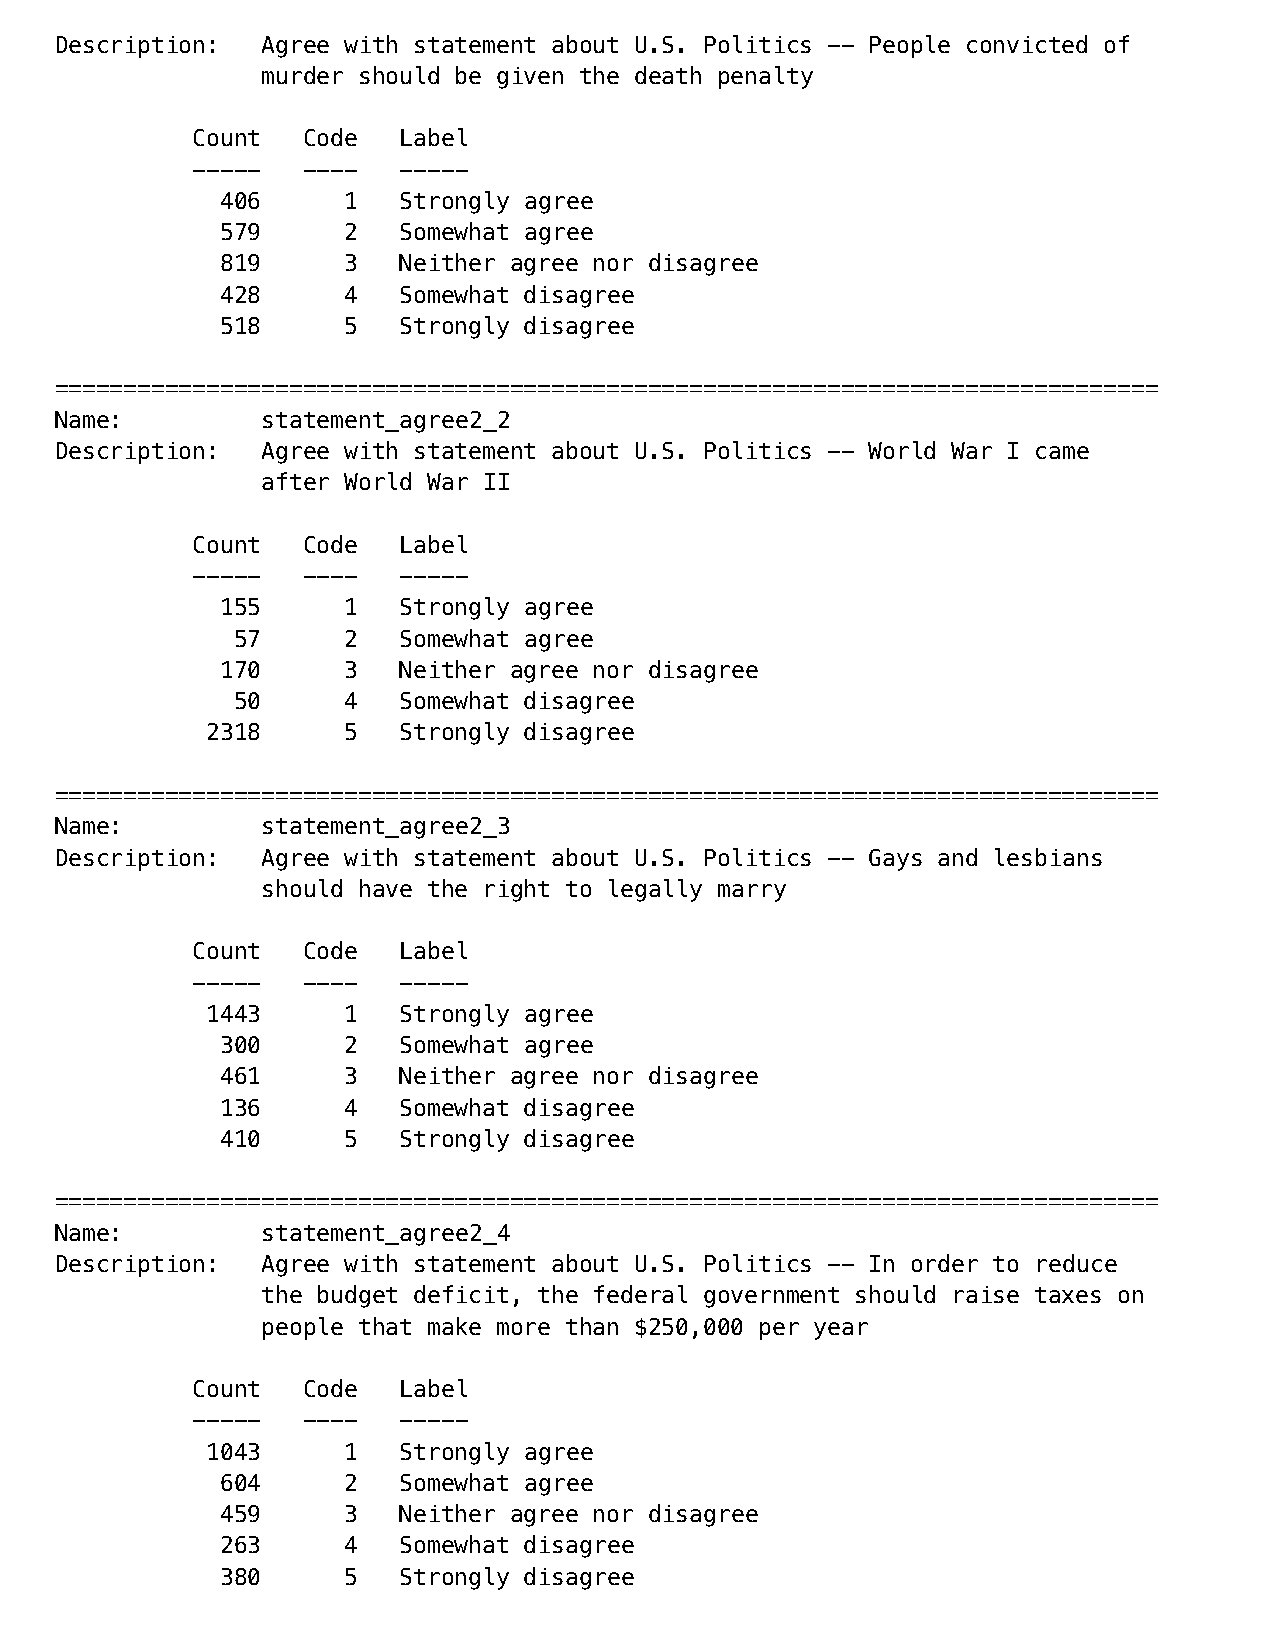
Description: Agree with statement about U.S. Politics -- People convicted of
 murder should be given the death penalty
 Count  Code  Label
 -----  ----  -----
 406     1  Strongly agree
 579     2  Somewhat agree
 819     3  Neither agree nor disagree
 428     4  Somewhat disagree
 518     5  Strongly disagree
 ================================================================================
 Name:        statement_agree2_2
 Description: Agree with statement about U.S. Politics -- World War I came
 after World War II
 Count  Code  Label
 -----  ----  -----
 155     1  Strongly agree
 57     2  Somewhat agree
 170     3  Neither agree nor disagree
 50     4  Somewhat disagree
 2318     5  Strongly disagree
 ================================================================================
 Name:        statement_agree2_3
 Description: Agree with statement about U.S. Politics -- Gays and lesbians
 should have the right to legally marry
 Count  Code  Label
 -----  ----  -----
 1443     1  Strongly agree
 300     2  Somewhat agree
 461     3  Neither agree nor disagree
 136     4  Somewhat disagree
 410     5  Strongly disagree
 ================================================================================
 Name:        statement_agree2_4
 Description: Agree with statement about U.S. Politics -- In order to reduce
 the budget deficit, the federal government should raise taxes on
 people that make more than $250,000 per year
 Count  Code  Label
 -----  ----  -----
 1043     1  Strongly agree
 604     2  Somewhat agree
 459     3  Neither agree nor disagree
 263     4  Somewhat disagree
 380     5  Strongly disagree